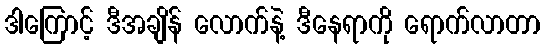
ဒါကြောင့် ဒီအချိန် လောက်နဲ့ ဒီနေရာကို ရောက်လာတာ